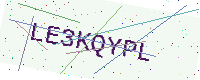
Text: LE3KQYPL